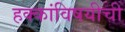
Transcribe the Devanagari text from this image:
हक्कांविषयीची